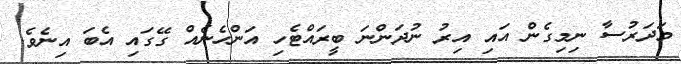
މަދަރުސާ ނިމިގެން އައި އިރު ނުދަންނަ ބީރައްޓެހި އަންހެނެއް ގޭގައި އެބަ އިނެވެ.